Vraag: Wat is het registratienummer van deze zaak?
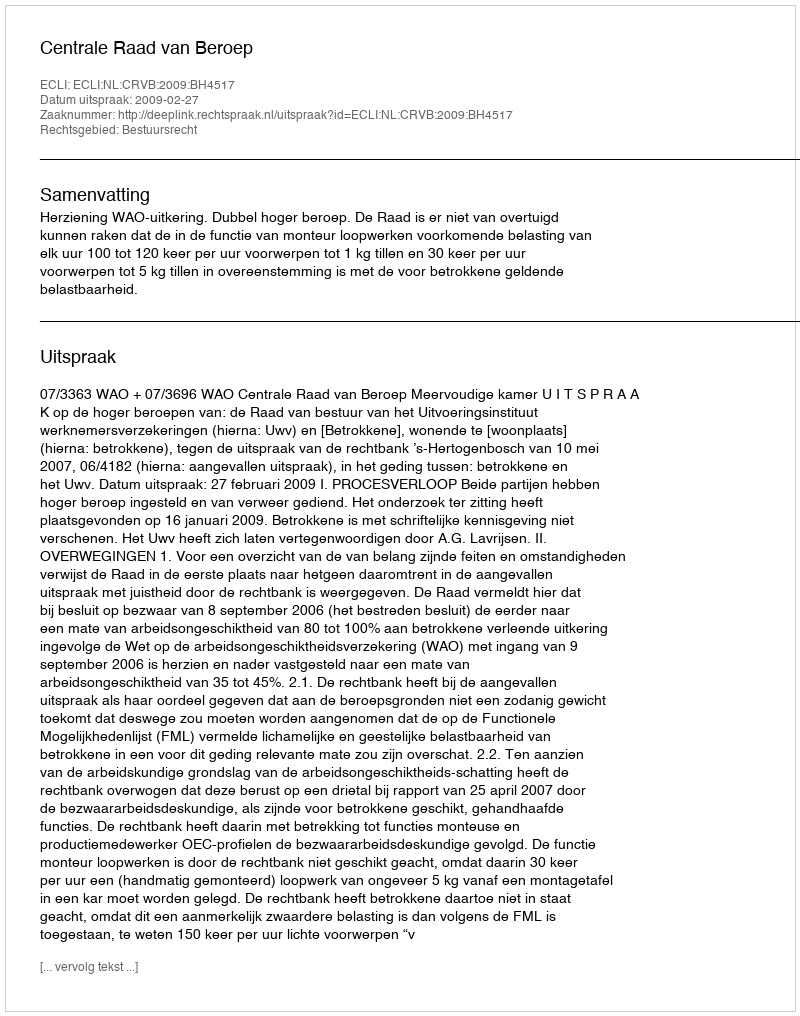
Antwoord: http://deeplink.rechtspraak.nl/uitspraak?id=ECLI:NL:CRVB:2009:BH4517